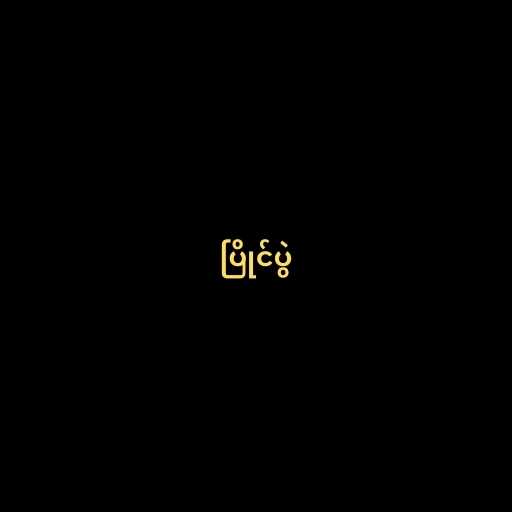
ပြိုင်ပွဲ